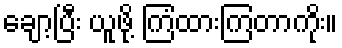
ချော့ပြီး ယူဖို့ ကြံထားကြတာကိုး။